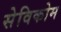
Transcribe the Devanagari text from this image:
सेविकोम